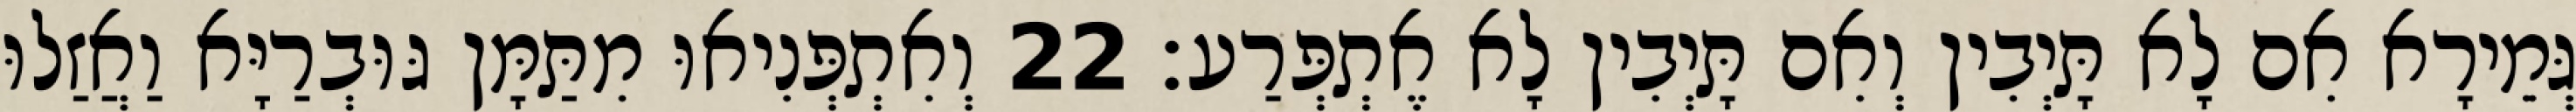
גְּמֵירָא אִם לָא תָּיְבִין וְאִם תָּיְבִין לָא אֶתְפְּרַע׃ 22 וְאִתְפְּנִיאוּ מִתַּמָּן גּוּבְרַיָּא וַאֲזַלוּ